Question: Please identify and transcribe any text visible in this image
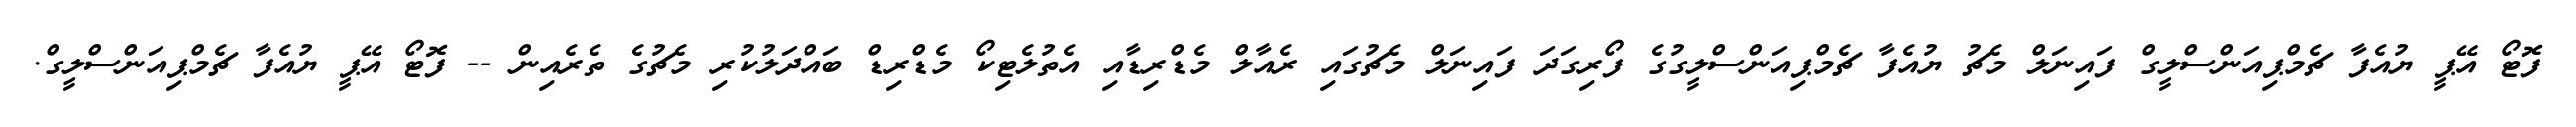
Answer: ފޮޓޯ އޭޕީ ޔުއެފާ ޗެމްޕިއަންސްލީގް ފައިނަލް މެޗު ޔުއެފާ ޗެމްޕިއަންސްލީގުގެ ފޯރިގަދަ ފައިނަލް މެޗުގައި ރެއާލް މެޑްރިޑާއި އެތުލެޓިކޯ މެޑްރިޑް ބައްދަލުކުރި މެޗުގެ ތެރެއިން -- ފޮޓޯ އޭޕީ ޔުއެފާ ޗެމްޕިއަންސްލީގް.